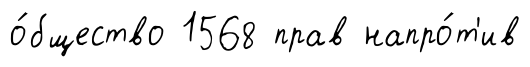
о́бщество 1568 прав напро́т'ив